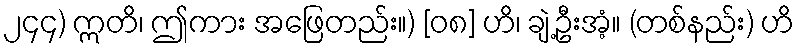
၂၄၄) ဣတိ၊ ဤကား အဖြေတည်း။) [၀၈] ဟိ၊ ချဲ့ဦးအံ့။ (တစ်နည်း) ဟိ